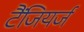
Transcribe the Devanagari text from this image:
टैंजियर्ज